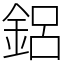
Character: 鋁